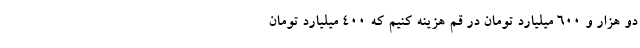
دو هزار و ۶۰۰ میلیارد تومان در قم هزینه کنیم که ۴۰۰ میلیارد تومان